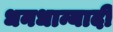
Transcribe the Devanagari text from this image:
धनधान्यादी